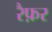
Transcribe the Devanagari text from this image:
रैफ़र